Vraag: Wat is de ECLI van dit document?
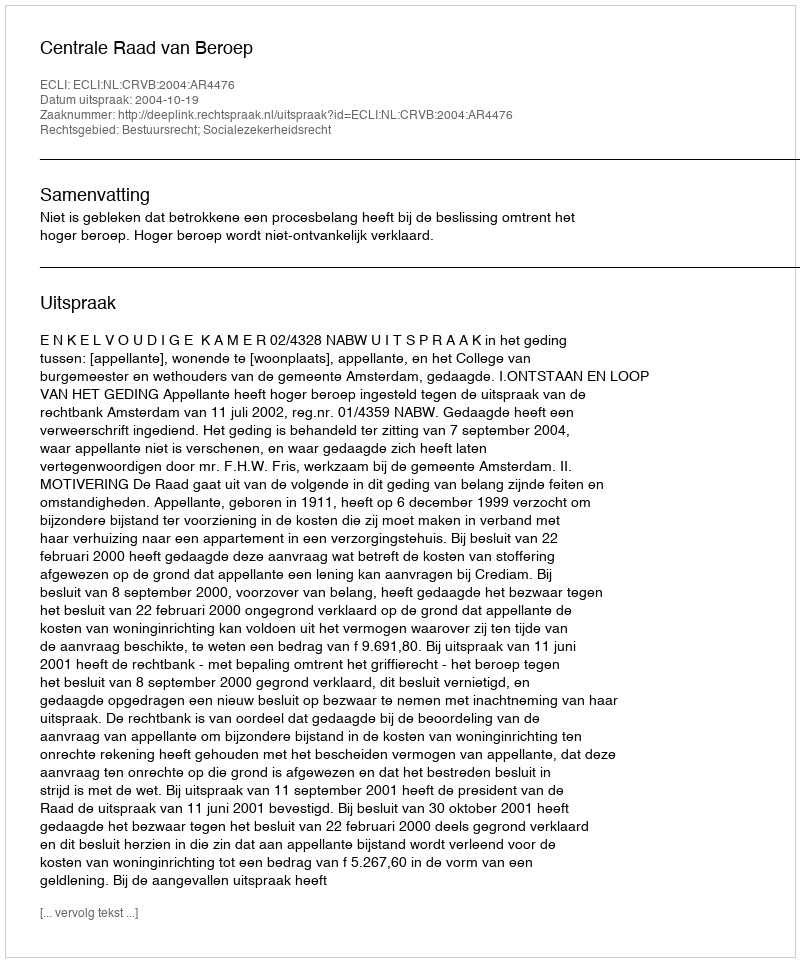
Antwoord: ECLI:NL:CRVB:2004:AR4476